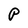
Character: P